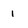
Character: 1